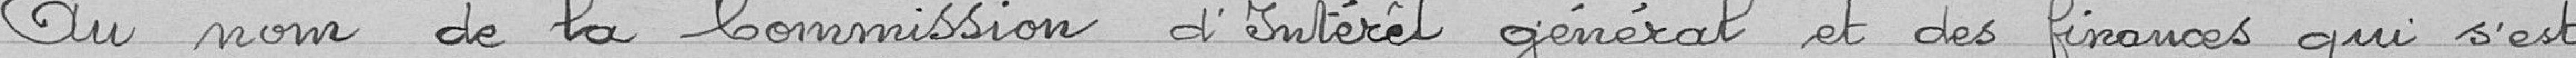
Au nom de la commission d'intérêt général et des finances qui s'est